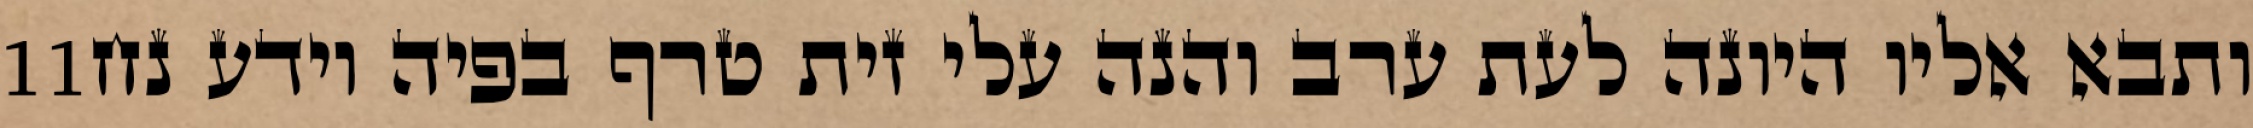
‎11‏ ותבא אליו היונה לעת ערב והנה עלי זית טרף בפיה וידע נח